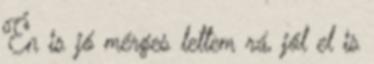
Én is jó mérges lettem rá, jól el is